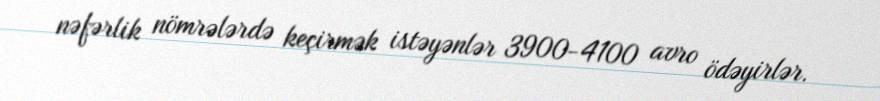
nəfərlik nömrələrdə keçirmək istəyənlər 3900-4100 avro ödəyirlər.